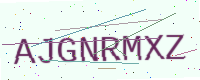
Text: AJGNRMXZ